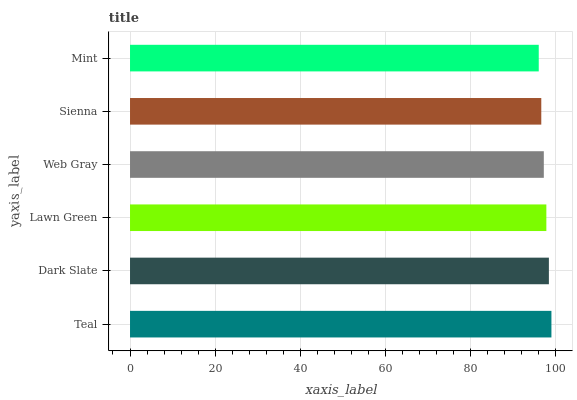
| yaxis_label | bars |
 | --- | --- |
 | Teal | 99 |
 | Dark Slate | 98.4 |
 | Lawn Green | 97.8 |
 | Web Gray | 97.2 |
 | Sienna | 96.6 |
 | Mint | 96 |